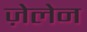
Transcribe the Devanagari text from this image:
ज़ेलेन